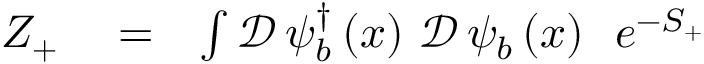
\begin{array} { r l r } { Z _ { + } } & { { } = } & { \int \mathcal { D } \, \psi _ { b } ^ { \dag } \left( x \right) \, \mathcal { D } \, \psi _ { b } \left( x \right) \, \, \, e ^ { - S _ { + } } } \end{array}